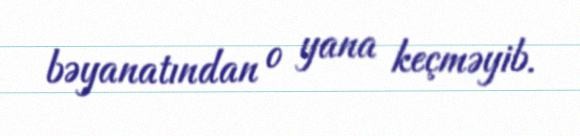
bəyanatından o yana keçməyib.